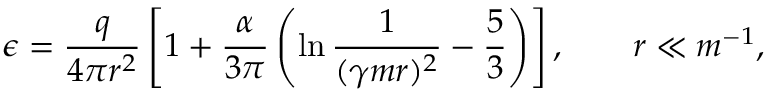
\epsilon = \frac { q } { 4 \pi r ^ { 2 } } \left[ 1 + \frac { \alpha } { 3 \pi } \left( \ln \frac { 1 } { ( \gamma m r ) ^ { 2 } } - \frac 5 3 \right) \right] , \qquad r \ll m ^ { - 1 } ,